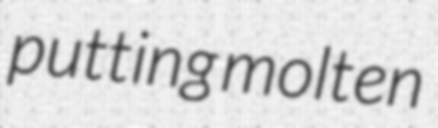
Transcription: putting molten